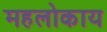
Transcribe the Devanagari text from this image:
महलोकाय